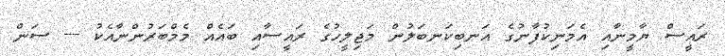
ރައީސް ޔާމީނާއި އެމަނިކުފާނުގެ އަނބިކަނބަލުން މަޖިލީހުގެ ރައީސާއި ބައެއް މެމްބަރުންނާއެކު --- ސަން